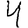
Digit: 4